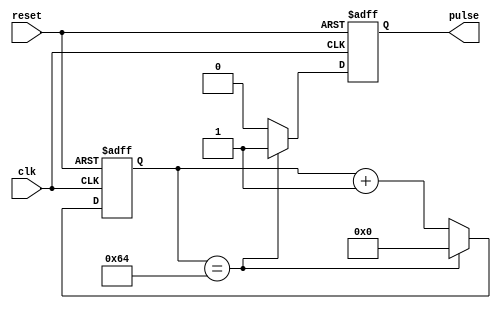
module RisingEdgePulseGenerator (
    input wire clk,
    input wire reset,
    output reg pulse
);

parameter THRESHOLD_VALUE = 100; // Set threshold value for counter comparison
reg [7:0] counter; // 8-bit counter to keep track of time intervals

always @(posedge clk or posedge reset) begin
    if (reset) begin
        counter <= 0;
        pulse <= 0;
    end 
    else begin
        if (counter == THRESHOLD_VALUE) begin
            pulse <= 1;
            counter <= 0;
        end 
        else begin
            counter <= counter + 1;
            pulse <= 0;
        end
    end
end

endmodule